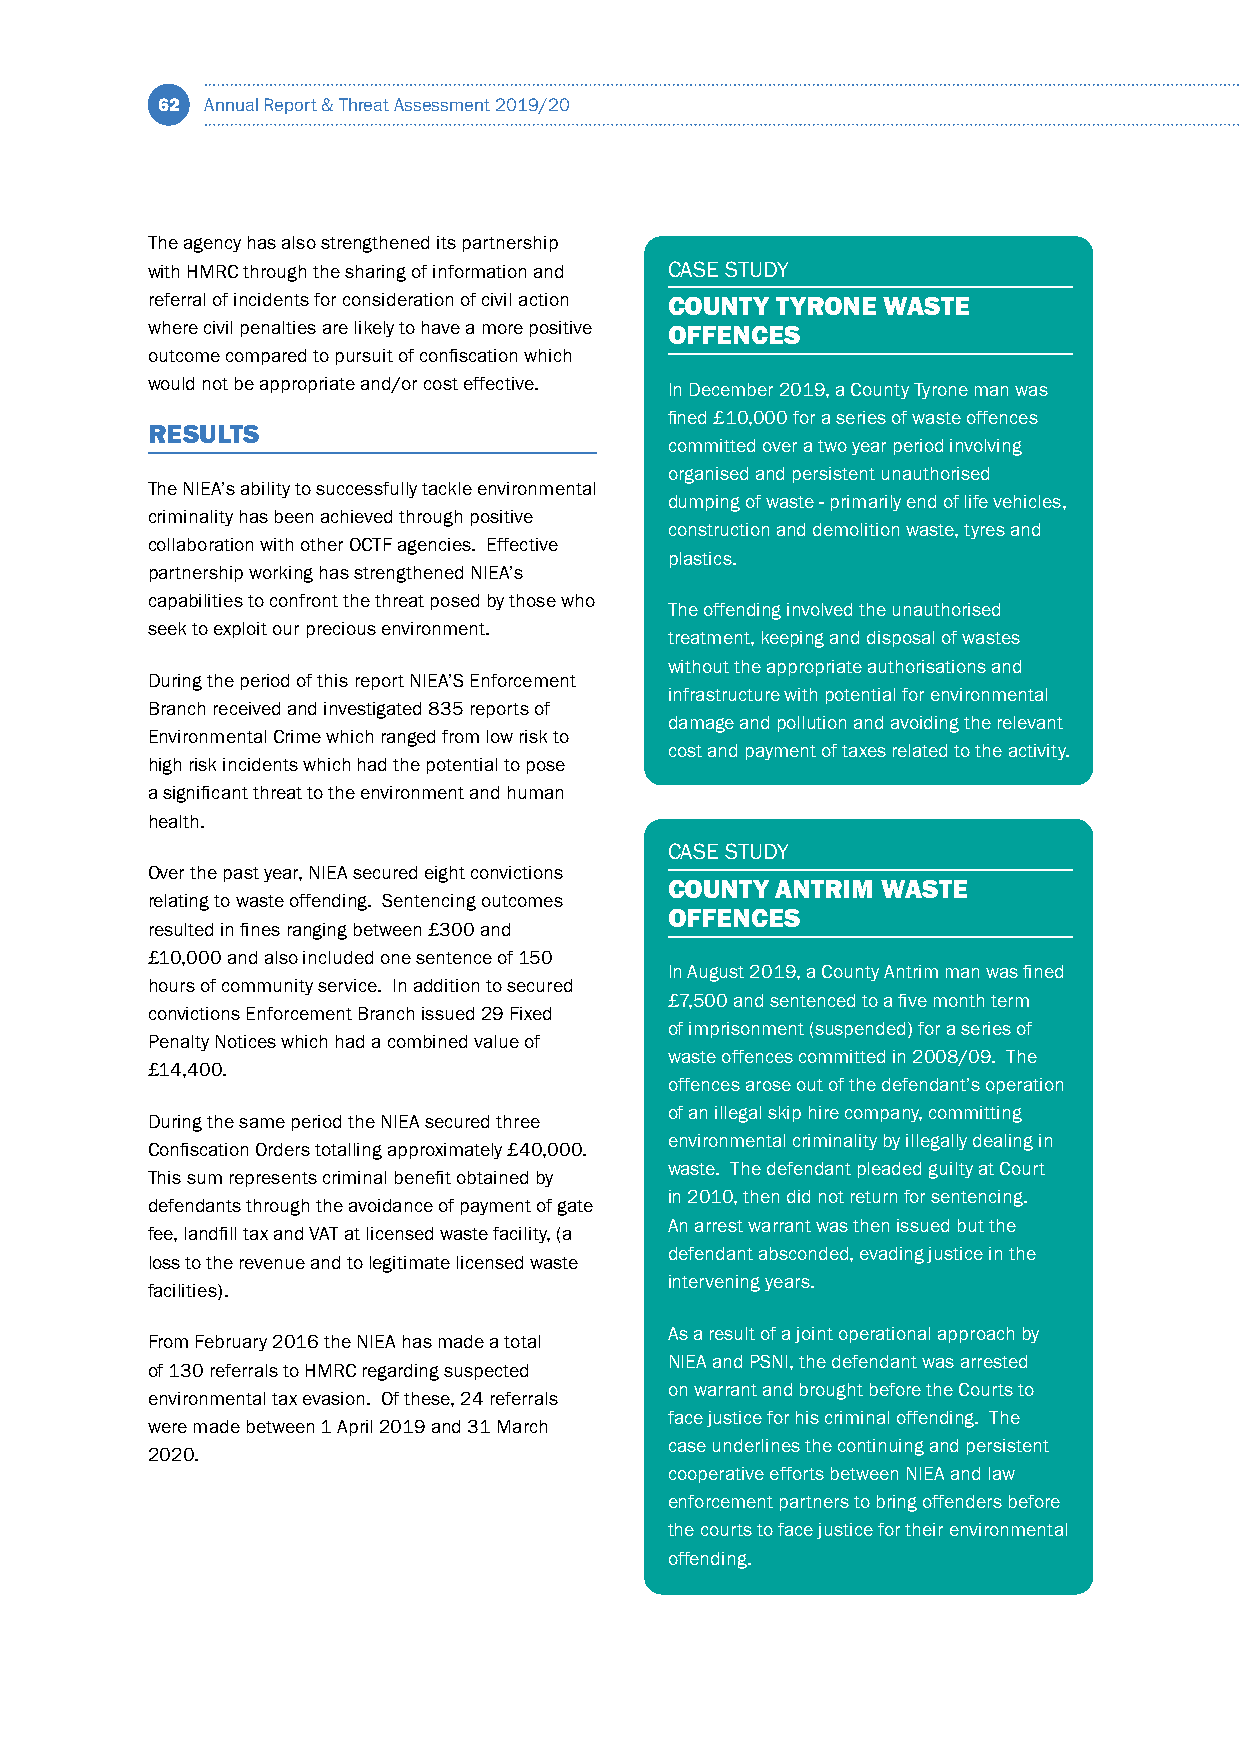
62  Annual Report & Threat Assessment 2019/20
 The agency has also strengthened its partnership
 with HMRC through the sharing of information and CASE STUDY
 referral of incidents for consideration of civil action COUNTY TYRONE WASTE
 where civil penalties are likely to have a more positive OFFENCES
 outcome compared to pursuit of confiscation which
 would not be appropriate and/or cost effective. In December 2019, a County Tyrone man was
 fined £10,000 for a series of waste offences
 RESULTS
 committed over a two year period involving
 organised and persistent unauthorised
 The NIEA’s ability to successfully tackle environmental
 dumping of waste - primarily end of life vehicles,
 criminality has been achieved through positive
 construction and demolition waste, tyres and
 collaboration with other OCTF agencies. Effective
 plastics.
 partnership working has strengthened NIEA’s
 capabilities to confront the threat posed by those who
 The offending involved the unauthorised
 seek to exploit our precious environment.
 treatment, keeping and disposal of wastes
 without the appropriate authorisations and
 During the period of this report NIEA’S Enforcement
 infrastructure with potential for environmental
 Branch received and investigated 835 reports of
 damage and pollution and avoiding the relevant
 Environmental Crime which ranged from low risk to
 cost and payment of taxes related to the activity.
 high risk incidents which had the potential to pose
 a significant threat to the environment and human
 health.
 CASE STUDY
 Over the past year, NIEA secured eight convictions
 COUNTY ANTRIM WASTE
 relating to waste offending. Sentencing outcomes
 OFFENCES
 resulted in fines ranging between £300 and
 £10,000 and also included one sentence of 150
 In August 2019, a County Antrim man was fined
 hours of community service. In addition to secured
 £7,500 and sentenced to a five month term
 convictions Enforcement Branch issued 29 Fixed
 of imprisonment (suspended) for a series of
 Penalty Notices which had a combined value of
 waste offences committed in 2008/09. The
 £14,400.
 offences arose out of the defendant’s operation
 of an illegal skip hire company, committing
 During the same period the NIEA secured three
 environmental criminality by illegally dealing in
 Confiscation Orders totalling approximately £40,000.
 waste. The defendant pleaded guilty at Court
 This sum represents criminal benefit obtained by
 in 2010, then did not return for sentencing.
 defendants through the avoidance of payment of gate
 An arrest warrant was then issued but the
 fee, landfill tax and VAT at licensed waste facility, (a
 defendant absconded, evading justice in the
 loss to the revenue and to legitimate licensed waste
 intervening years.
 facilities).
 As a result of a joint operational approach by
 From February 2016 the NIEA has made a total
 NIEA and PSNI, the defendant was arrested
 of 130 referrals to HMRC regarding suspected
 on warrant and brought before the Courts to
 environmental tax evasion. Of these, 24 referrals
 face justice for his criminal offending. The
 were made between 1 April 2019 and 31 March
 case underlines the continuing and persistent
 2020.
 cooperative efforts between NIEA and law
 enforcement partners to bring offenders before
 the courts to face justice for their environmental
 offending.